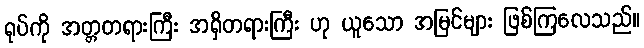
ရုပ်ကို အတ္တတရားကြီး အရှိတရားကြီး ဟု ယူသော အမြင်များ ဖြစ်ကြလေသည်။